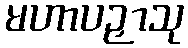
မဟာပဉှာသု